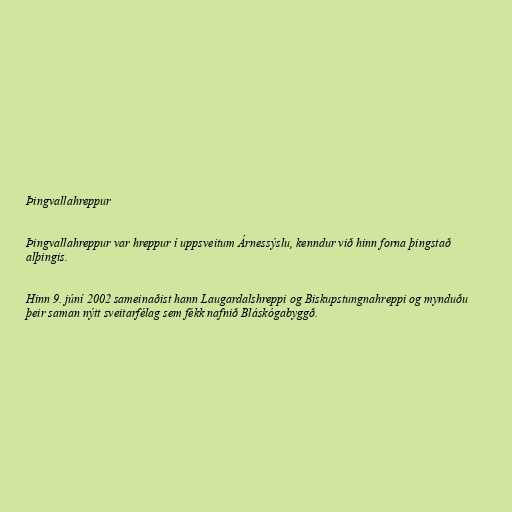
Þingvallahreppur

Þingvallahreppur var hreppur í uppsveitum Árnessýslu, kenndur við hinn forna þingstað
alþingis.

Hinn 9. júní 2002 sameinaðist hann Laugardalshreppi og Biskupstungnahreppi og mynduðu
þeir saman nýtt sveitarfélag sem fékk nafnið Bláskógabyggð.